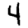
Digit: 4